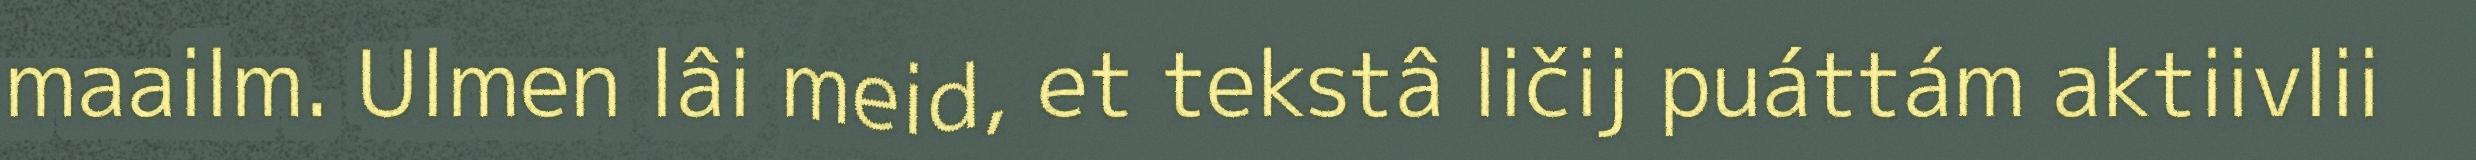
maailm. Ulmen lâi meid, et tekstâ ličij puáttám aktiivlii